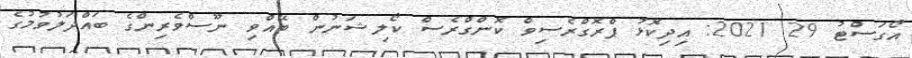
އޯގަސްޓު 29 2021: އިދިކޮޅު ޕްރޮގްރެސިވް ކޮންގްރެސް ކޯލިޝަނުން ބޭއްވި ނޫސްވެރިންގެ ބައްދަލުވުމުގެ